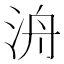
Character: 洀